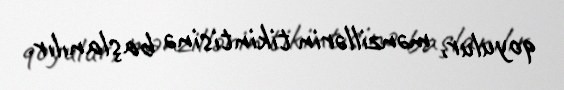
qoyulur, mənzillərin tikintisinə başlanılır.